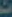
ث